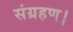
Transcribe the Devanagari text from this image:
संग्रहण।